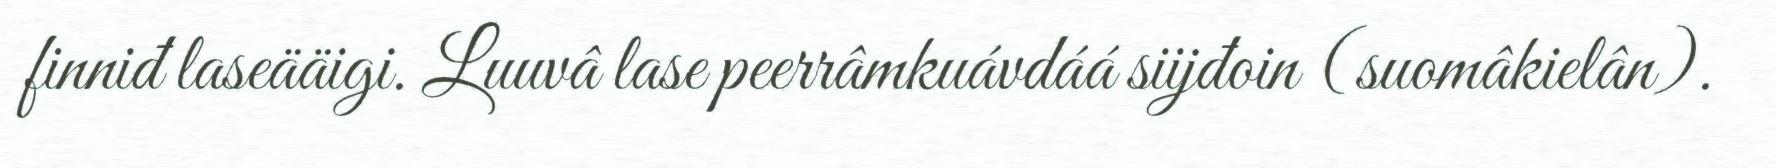
finniđ laseääigi. Luuvâ lase peerrâmkuávdáá siijđoin (suomâkielân).